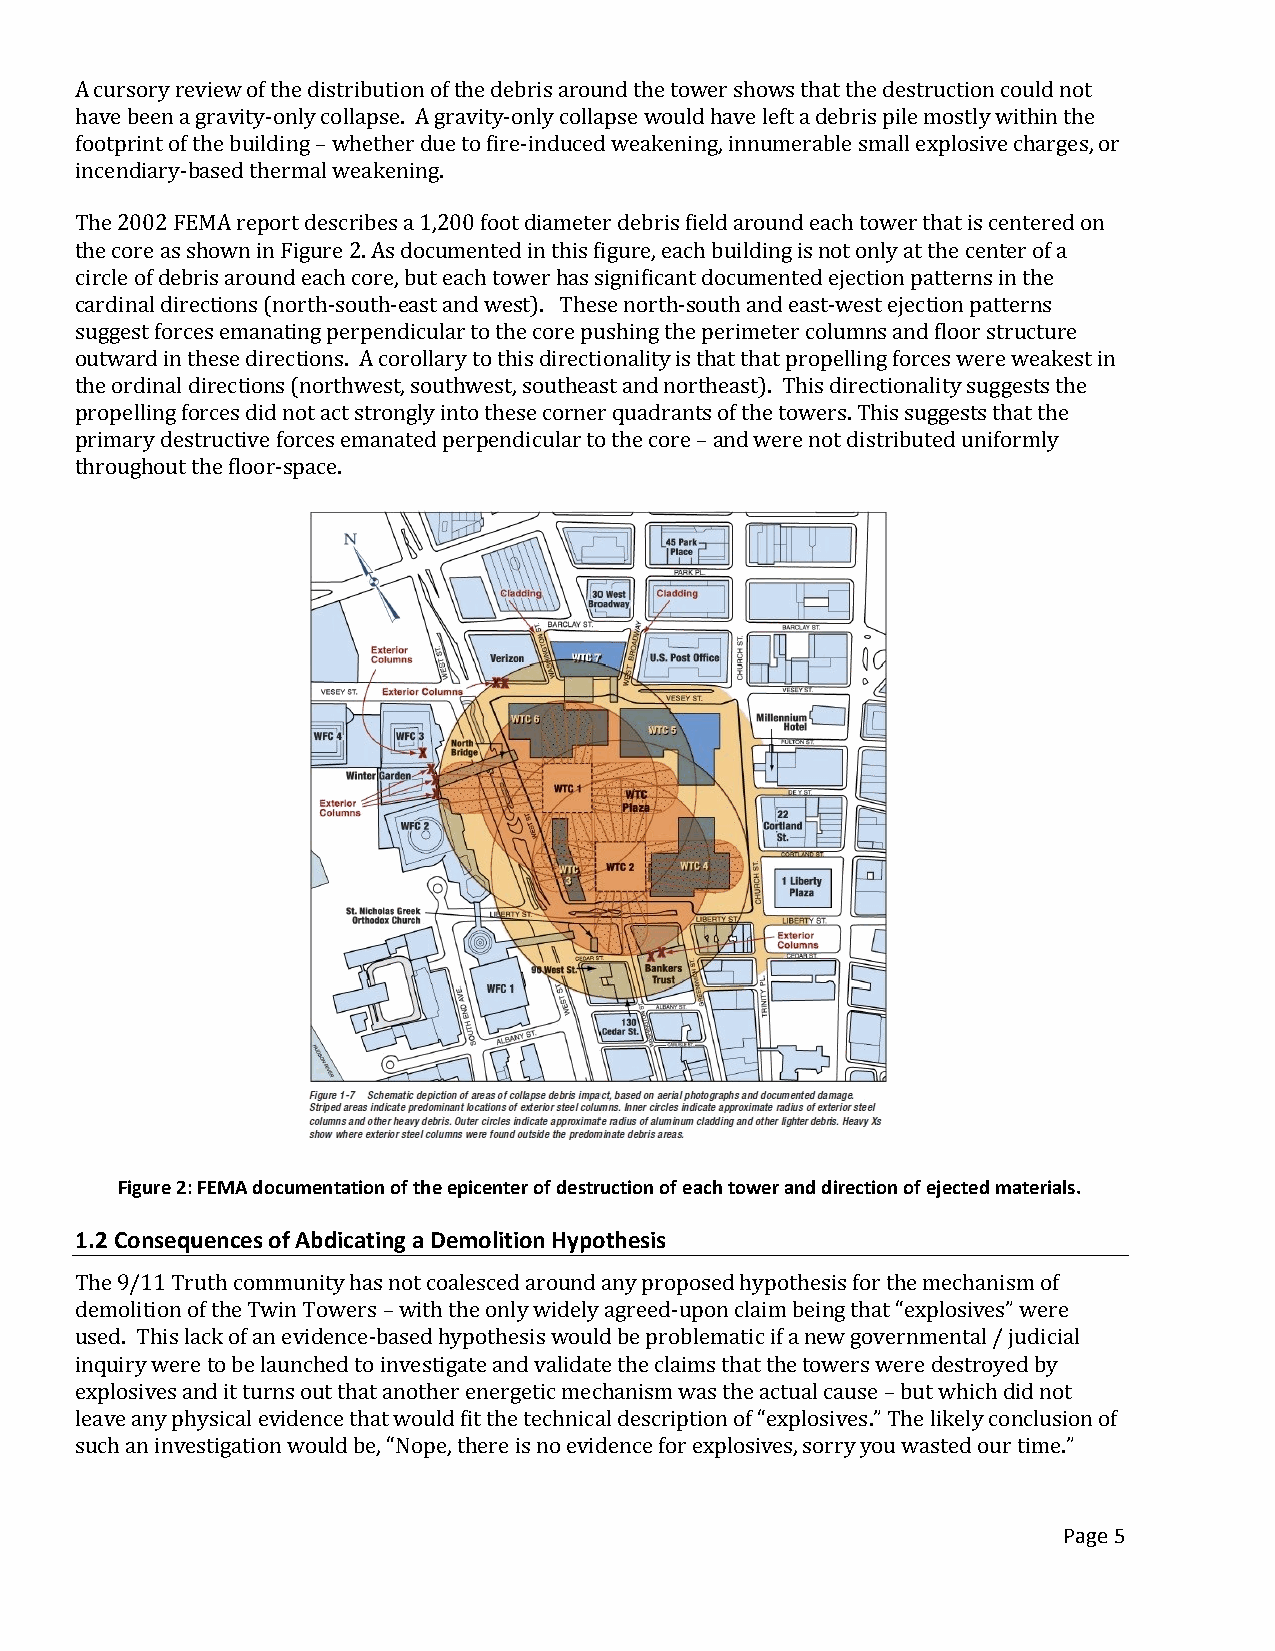
A cursory review of the distribution of the debris around the tower shows that the destruction could not
 have been a gravity-only collapse. A gravity-only collapse would have left a debris pile mostly within the
 footprint of the building – whether due to fire-induced weakening, innumerable small explosive charges, or
 incendiary-based thermal weakening.
 The 2002 FEMA report describes a 1,200 foot diameter debris field around each tower that is centered on
 the core as shown in Figure 2. As documented in this figure, each building is not only at the center of a
 circle of debris around each core, but each tower has significant documented ejection patterns in the
 cardinal directions (north-south-east and west). These north-south and east-west ejection patterns
 suggest forces emanating perpendicular to the core pushing the perimeter columns and floor structure
 outward in these directions. A corollary to this directionality is that that propelling forces were weakest in
 the ordinal directions (northwest, southwest, southeast and northeast). This directionality suggests the
 propelling forces did not act strongly into these corner quadrants of the towers. This suggests that the
 primary destructive forces emanated perpendicular to the core – and were not distributed uniformly
 throughout the floor-space.
 Figure 2: FEMA documentation of the epicenter of destruction of each tower and direction of ejected materials.
 1.2 Consequences of Abdicating a Demolition Hypothesis
 The 9/11 Truth community has not coalesced around any proposed hypothesis for the mechanism of
 demolition of the Twin Towers – with the only widely agreed-upon claim being that “explosives” were
 used. This lack of an evidence-based hypothesis would be problematic if a new governmental / judicial
 inquiry were to be launched to investigate and validate the claims that the towers were destroyed by
 explosives and it turns out that another energetic mechanism was the actual cause – but which did not
 leave any physical evidence that would fit the technical description of “explosives.” The likely conclusion of
 such an investigation would be, “Nope, there is no evidence for explosives, sorry you wasted our time.”
 Page 5